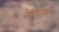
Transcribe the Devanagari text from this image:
जीवाओं